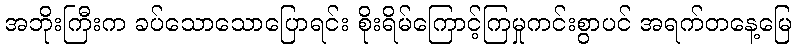
အဘိုးကြီးက ခပ်သောသောပြောရင်း စိုးရိမ်ကြောင့်ကြမှုကင်းစွာပင် အရက်တနေ့မြေ